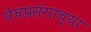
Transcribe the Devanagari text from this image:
पेचप्रसंगाच्या